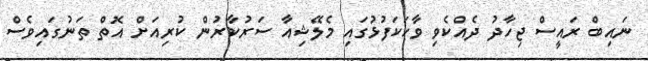
ނައިބް ރައީސް ޖިހާދު ދެއްކެވި ވާހަކަފުޅުގައި މެލޭޝިއާ ސަރުކާރުން ކުރިއަށް އޮތް ތަނުގައިވެސް